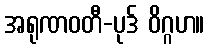
အရုဏဝတီ-ပုဒ် ဝိဂ္ဂဟ။